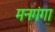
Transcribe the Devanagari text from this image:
मनगंगा